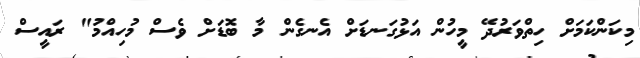
މިކަންކަމަށް ހިތްވަރުދޭ މީހުން އަޅުގަނޑަށް އެނގެން މާ ބޮޑަށް ވެސް މުހިއްމު" ރައީސް